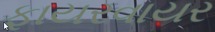
ફાયરવાયર